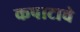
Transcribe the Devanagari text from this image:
कपाटाचे